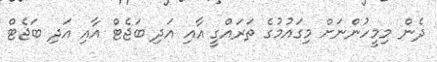
ދެން މިމީހުންނަށް މިގައުމުގެ ތަރައްގީ އާއި އަދި ބަޖެޓް އާއި އަދި ބަޖެޓް